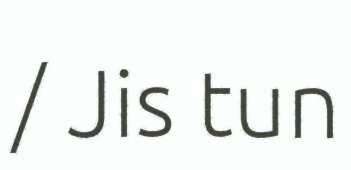
/ Jis tun